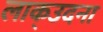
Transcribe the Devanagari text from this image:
लाक्उदना